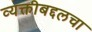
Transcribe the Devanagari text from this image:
व्यक्तीबद्दलचा